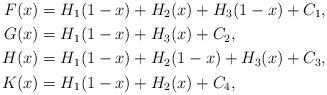
LaTeX: \begin{align*}F(x) & = H_1(1-x)+H_2(x)+H_3(1-x)+C_1, \\G(x) & = H_1(1-x)+H_3(x)+C_2, \\H(x) & = H_1(1-x)+H_2(1-x)+H_3(x)+C_3, \\K(x) & = H_1(1-x)+H_2(x)+C_4,\end{align*}